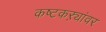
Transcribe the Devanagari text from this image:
कष्टकऱ्यांवर